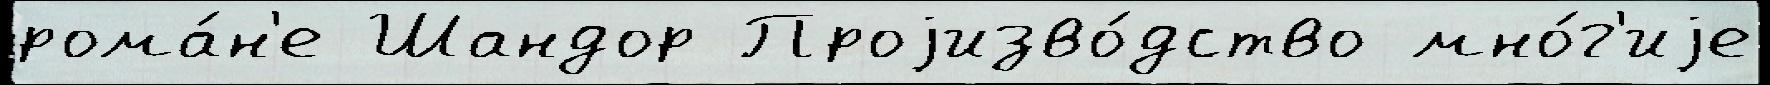
рома́н'е Шандор Проjизво́дство мно́г'иjе